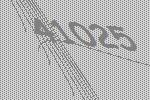
41025